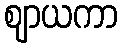
ဈာယကာ